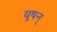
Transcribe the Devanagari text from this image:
यूषन्